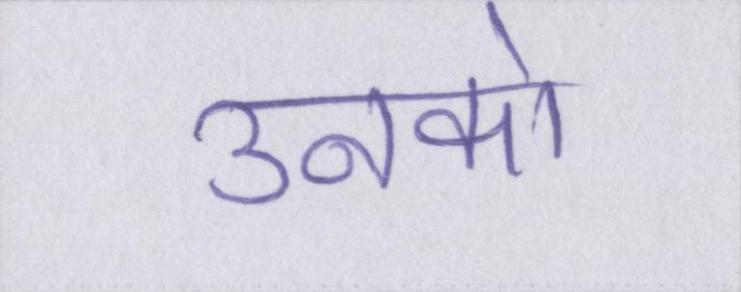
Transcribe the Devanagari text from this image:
उनको